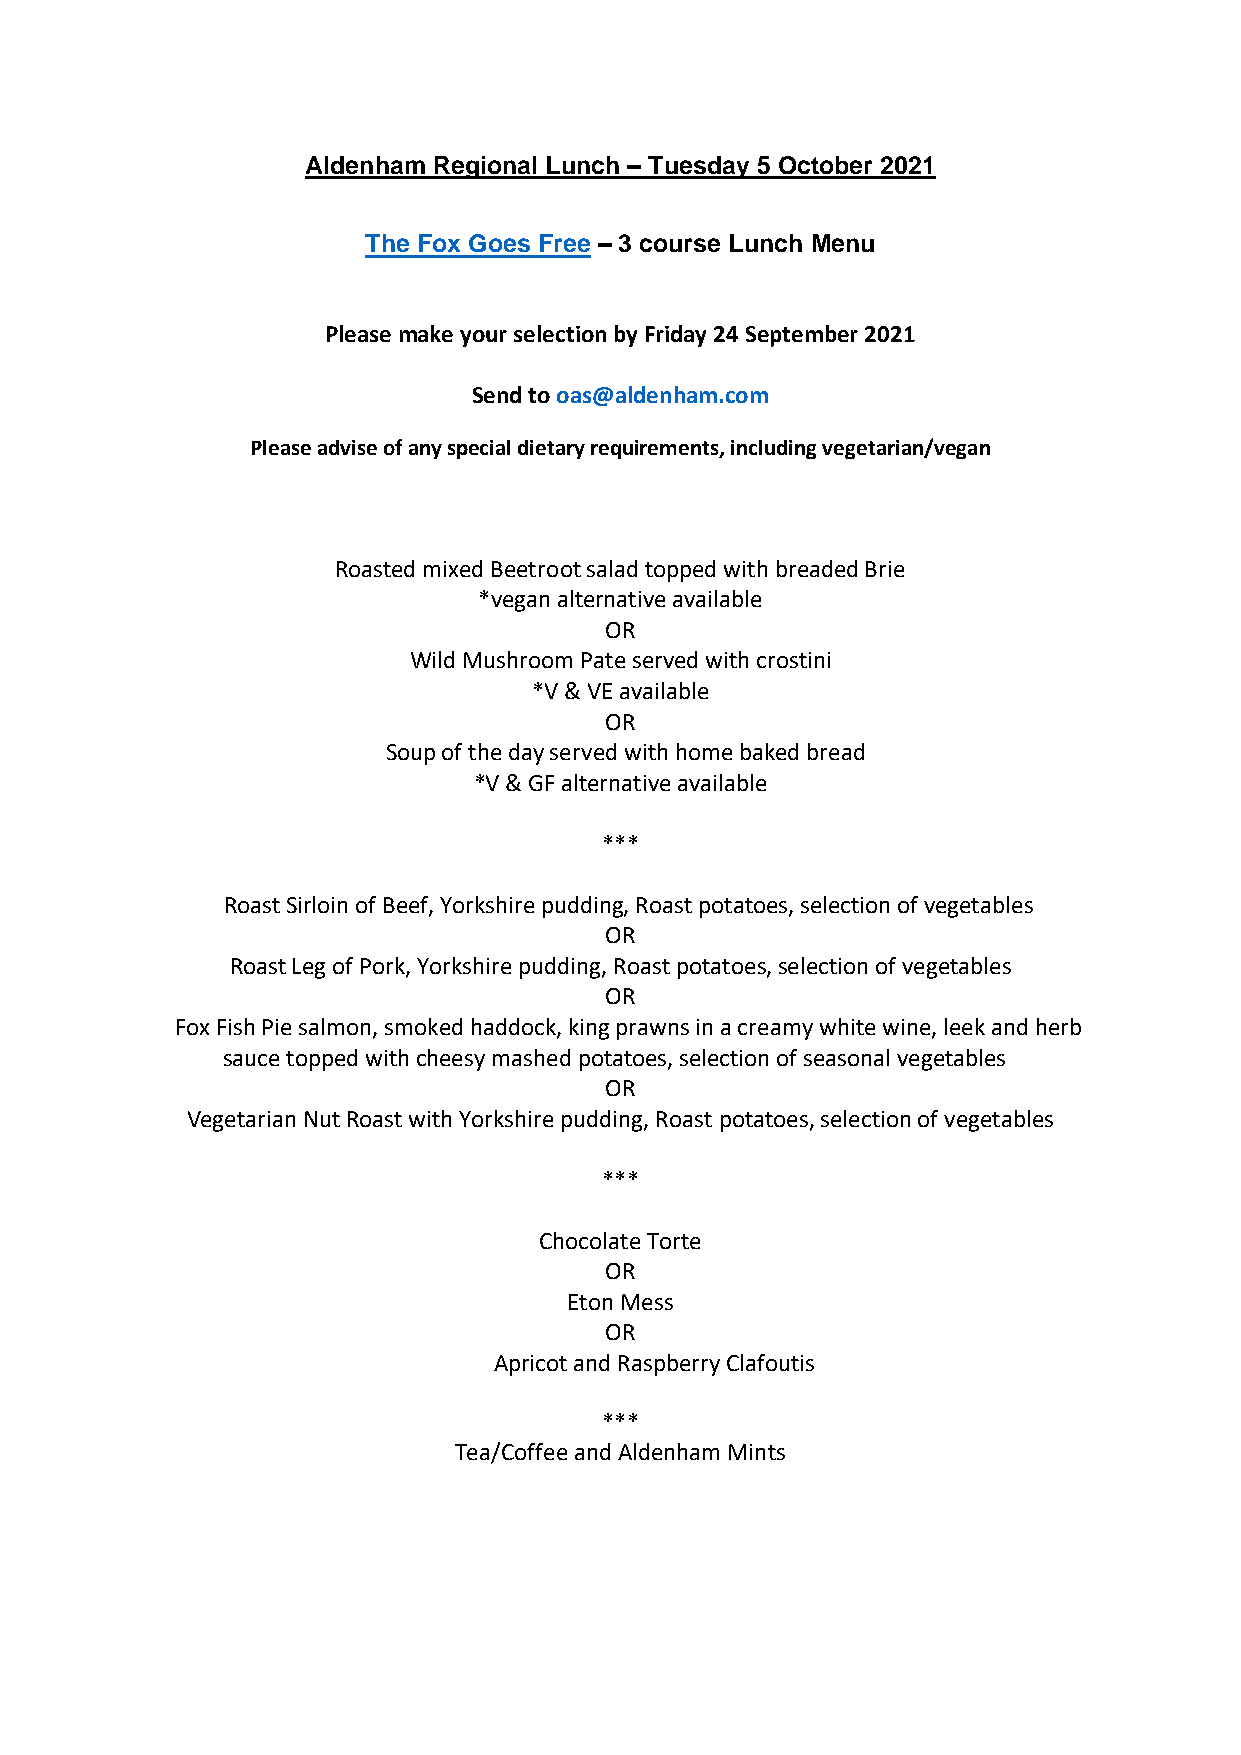
Aldenham Regional Lunch – Tuesday 5 October 2021
 The Fox Goes Free – 3 course Lunch Menu
 Please make your selection by Friday 24 September 2021
 Send to oas@aldenham.com
 Please advise of any special dietary requirements, including vegetarian/vegan
 Roasted mixed Beetroot salad topped with breaded Brie
 *vegan alternative available
 OR
 Wild Mushroom Pate served with crostini
 *V & VE available
 OR
 Soup of the day served with home baked bread
 *V & GF alternative available
 ***
 Roast Sirloin of Beef, Yorkshire pudding, Roast potatoes, selection of vegetables
 OR
 Roast Leg of Pork, Yorkshire pudding, Roast potatoes, selection of vegetables
 OR
 Fox Fish Pie salmon, smoked haddock, king prawns in a creamy white wine, leek and herb
 sauce topped with cheesy mashed potatoes, selection of seasonal vegetables
 OR
 Vegetarian Nut Roast with Yorkshire pudding, Roast potatoes, selection of vegetables
 ***
 Chocolate Torte
 OR
 Eton Mess
 OR
 Apricot and Raspberry Clafoutis
 ***
 Tea/Coffee and Aldenham Mints